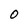
Character: 0